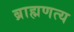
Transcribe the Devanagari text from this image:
ब्राह्मणत्य